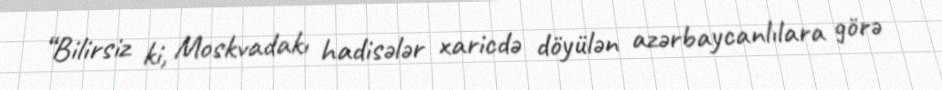
“Bilirsiz ki, Moskvadakı hadisələr xaricdə döyülən azərbaycanlılara görə